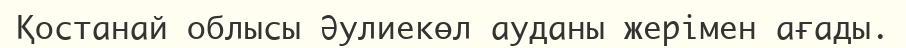
Қостанай облысы Әулиекөл ауданы жерімен ағады.